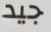
جيد